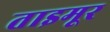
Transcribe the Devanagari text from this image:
ताइमूर